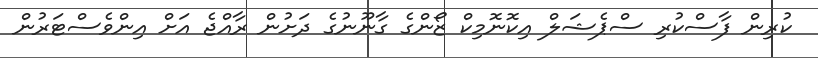
ކުރިން ފާސްކުރި ސްޕެޝަލް އިކޮނޮމިކް ޒޯންގެ ގާނޫނުގެ ދަށުން ރާއްޖެ އަށް އިންވެސްޓަރުން